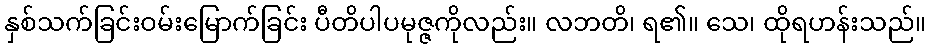
နှစ်သက်ခြင်းဝမ်းမြောက်ခြင်း ပီတိပါပမုဇ္ဇကိုလည်း။ လဘတိ၊ ရ၏။ သေ၊ ထိုရဟန်းသည်။